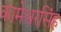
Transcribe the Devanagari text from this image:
कामेश्वरसिंह